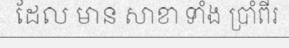
ដែល មាន សាខា ទាំង ប្រាំពីរ